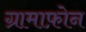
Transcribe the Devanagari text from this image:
ग्रामाफ़ोन